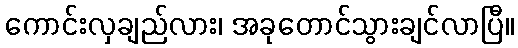
ကောင်းလှချည်လား၊ အခုတောင်သွားချင်လာပြီ။